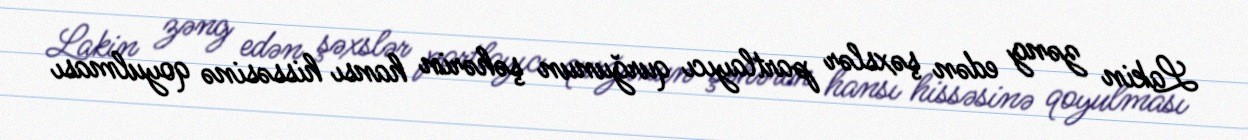
Lakin zəng edən şəxslər partlayıcı qurğunun şəhərin hansı hissəsinə qoyulması